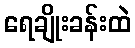
ရေချိုးခန်းထဲ